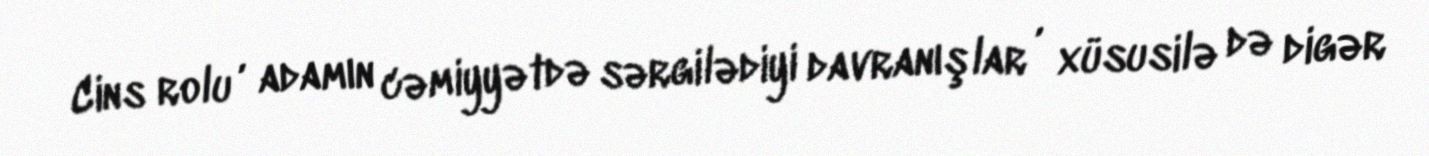
Cins rolu , adamın cəmiyyətdə sərgilədiyi davranışlar , xüsusilə də digər